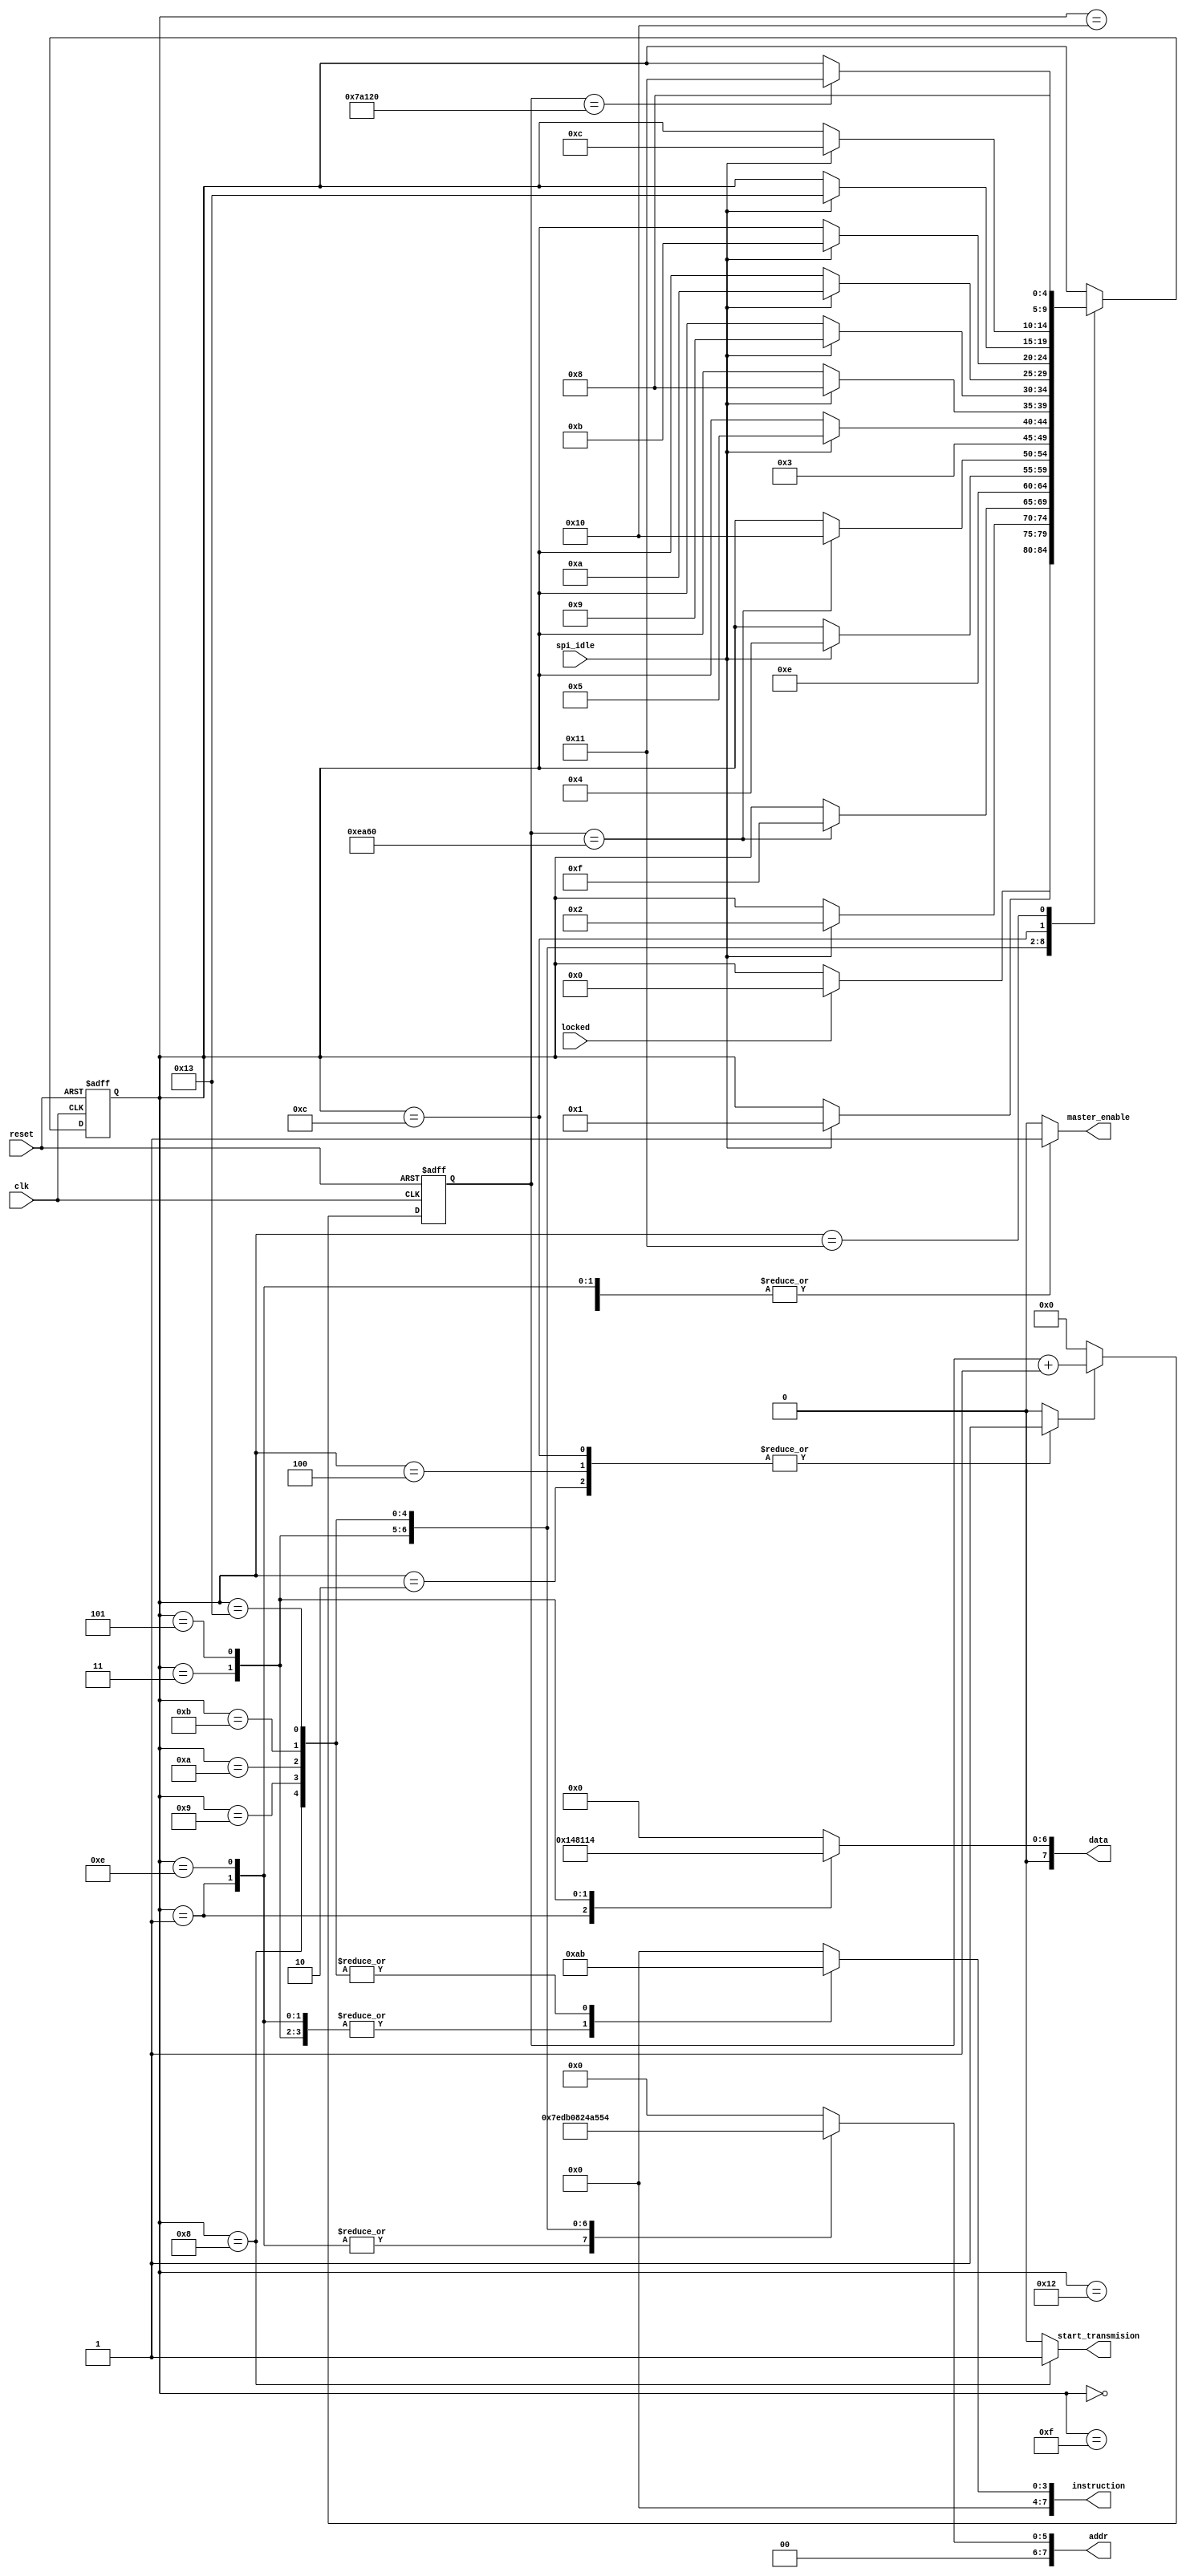
// diamorfosi accelerometer
module acc_instructions(clk, reset, spi_idle, master_enable, instruction, addr, data, start_transmision, locked);
input clk, reset, spi_idle, locked;
output reg master_enable, start_transmision;
output [7:0] instruction, addr, data;

//SPI_Master SPI_Master_inst(clk, reset, instruction, addr, data, MISO, clkout_8mhz, MOSI, cs_new, master_enable, spi_idle);

/* FSM vvariables */
reg [4:0] current_state, next_state;
reg [7:0] instruction, addr, data;

reg [18:0] counter_next_measurment;
reg counter_next_measurment_enable;

parameter idle = 5'b00000,
            soft_reset = 5'b00001,
            wait_1 = 5'b00010,
            power_control = 5'b00011,
            wait_2 = 5'b00100,
            filter_control = 5'b00101,
            wait_3 = 5'b00111,
            data_x_state = 5'b01000,
            data_y_state = 5'b01001,
            data_z_state = 5'b01010,
            data_t_state = 5'b01011,
            wait_for_measurment = 5'b01100,
            soft_clear = 5'b01110,
            master_up_1 = 5'b01111,
            master_up_2 = 5'b10000,
            master_up_3 = 5'b10001,
            wait_for_locking = 5'b10010,
            data_t_state_LSB = 5'b10011;

always @(posedge clk or posedge reset)
begin
    if(reset)
        current_state <= wait_for_locking;
    else
        current_state <= next_state;
end

always @(current_state or spi_idle or counter_next_measurment or locked)
begin
    next_state = current_state;
    master_enable = 0;
    instruction = 8'b0;
    addr = 8'b0;
    data = 8'b0;
    counter_next_measurment_enable = 0;
    start_transmision = 0;

    case(current_state)

        wait_for_locking:
        begin
            if(locked)
                next_state = idle;
            else
                next_state = current_state;
        end

        idle:
        begin
            master_enable = 1;
             
            if(spi_idle)
                next_state = soft_reset;
            else
                next_state = current_state;
        end

        soft_reset:
        begin
            master_enable = 1;
            instruction = 8'b00001010;      // write register
            addr = 8'h1F;
            data = 8'h52;
            counter_next_measurment_enable = 0;

            if(spi_idle)
                next_state = wait_1;
            else
                next_state = current_state;

        end
        
        wait_1:
        begin
            master_enable = 0;
            counter_next_measurment_enable = 1;
            
            if(counter_next_measurment == 19'd60000)
                next_state = master_up_1;
            else
                next_state = current_state;   
        end       

        master_up_1:
        begin
            master_enable = 1;

            next_state = soft_clear;
        end  
            

        soft_clear:
        begin
            master_enable = 1;
            instruction = 8'b00001010;      // write register
            addr = 8'h1F;
            data = 8'h0;
            counter_next_measurment_enable = 0;

            if(spi_idle)
                next_state = wait_2;
            else
                next_state = current_state;
        end
        
        wait_2:
        begin
            master_enable = 0;
            counter_next_measurment_enable = 1;
            
            if(counter_next_measurment == 19'd60000)
                next_state = master_up_2;
            else
                next_state = current_state;   
        end         

        master_up_2:
        begin
            master_enable = 1;
            next_state = power_control;
        end  

        power_control:
        begin
            master_enable = 1;
            instruction = 8'b00001010;      // write register
            addr = 8'h2D;
            data = 8'b00000010;
             

            if(spi_idle)
                next_state = filter_control;
            else
                next_state = current_state;
        end

        filter_control:
        begin
            master_enable = 1;
            instruction = 8'b00001010;      // write register
            addr = 8'h2C;
            data = 8'b00010100;

             

            if(spi_idle)
                next_state = data_x_state;
            else
                next_state = current_state;
        end

        data_x_state:
        begin
             
            master_enable = 1;
            instruction = 8'b00001011;      // read register
            //instruction = 8'b10101010;
            addr = 8'h08;
            start_transmision = 1;
            //data = 8'b00010100;

            if(spi_idle)
                next_state = data_y_state;
            else
                next_state = current_state;
        end

        data_y_state:
        begin
             
            master_enable = 1;
            instruction = 8'b00001011;      // read register
            addr = 8'h09;
            //data = 8'b00010100;

            if(spi_idle)
                next_state = data_z_state;
            else
                next_state = current_state;
        end

        data_z_state:
        begin
             
            master_enable = 1;
            instruction = 8'b00001011;      // read register
            addr = 8'h0A;
            //data = 8'b00010100;

            if(spi_idle)
                next_state = data_t_state;
            else
                next_state = current_state;
        end

        data_t_state:
        begin
             
            master_enable = 1;
            instruction = 8'b00001011;      // read register
            addr = 8'h15;
            //data = 8'b00010100;

            if(spi_idle)
                next_state = data_t_state_LSB;  //data_x_state
            else
                next_state = current_state;
        end

        data_t_state_LSB:
        begin
             
            master_enable = 1;
            instruction = 8'b00001011;      // read register
            addr = 8'h14;
            //data = 8'b00010100;

            if(spi_idle)
                next_state = wait_for_measurment;  //data_x_state
            else
                next_state = current_state;
        end

        wait_for_measurment:
        begin
            counter_next_measurment_enable = 1;
             
            master_enable = 0;

            if(counter_next_measurment == 19'd500000)  // kathe 0.005 sec metrisi
                next_state = master_up_3;
            else
                next_state = current_state;
        end      

        master_up_3:
        begin
            master_enable = 1;

            next_state = data_x_state;

        end    



    endcase
end

/* Counter gia na metraei xrono mexri tin epomeni meterisi tou accelerometer */
always @(posedge clk or posedge reset)
begin
    if(reset)
        counter_next_measurment <= 19'b0;
    else 
    begin
        if(counter_next_measurment_enable)
            counter_next_measurment <= counter_next_measurment + 19'b1;
        else
            counter_next_measurment <= 19'b0;
    end
end


endmodule